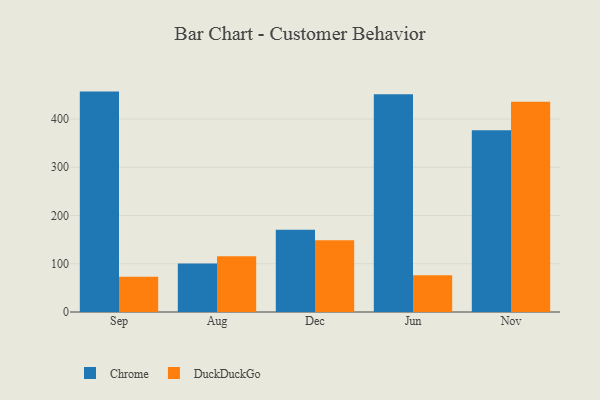
{"axis": {"x": "Month", "y": "Website Visitors"}, "legend": ["Chrome", "DuckDuckGo"], "data": [{"x": "Sep", "y": 456.8, "type": "Chrome"}, {"x": "Sep", "y": 73.0, "type": "DuckDuckGo"}, {"x": "Aug", "y": 100.7, "type": "Chrome"}, {"x": "Aug", "y": 115.7, "type": "DuckDuckGo"}, {"x": "Dec", "y": 170.7, "type": "Chrome"}, {"x": "Dec", "y": 148.8, "type": "DuckDuckGo"}, {"x": "Jun", "y": 451.2, "type": "Chrome"}, {"x": "Jun", "y": 76.4, "type": "DuckDuckGo"}, {"x": "Nov", "y": 376.6, "type": "Chrome"}, {"x": "Nov", "y": 435.8, "type": "DuckDuckGo"}]}